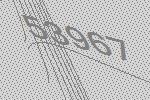
53967